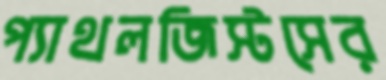
প্যাথলজিস্টসের